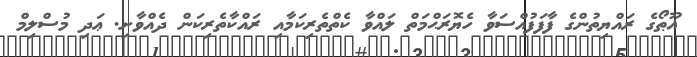
ޣޫޠޯގެ ރައްޔިތުންގެ ފާފަފުއްސަވާ ހެޔޮރަޙްމަތް ލައްވާ ކެތްތެރިކަމާއި ރައްކާތެރިކަން ދެއްވާށި. ޢަދި މުސްލިމް